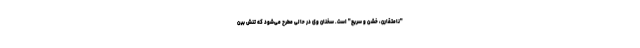
"نامتقارن، خشن و سریع" است. سخنان وی در حالی مطرح می‌شود که تنش بین